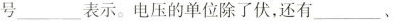
号___表 示。电压的单位除了伏，还有___、